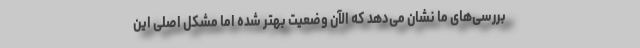
بررسی‌های ما نشان می‌دهد که الآن وضعیت بهتر شده اما مشکل اصلی این